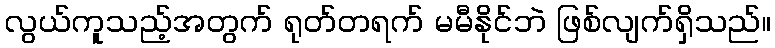
လွယ်ကူသည့်အတွက် ရုတ်တရက် မမီနိုင်ဘဲ ဖြစ်လျက်ရှိသည်။